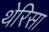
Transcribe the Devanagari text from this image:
थेरिसा